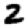
Digit: 2